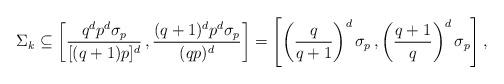
LaTeX: \begin{align*}\Sigma_k \subseteq \left[\frac{q^{d} p^d \sigma_{p}}{ [ (q+1)p]^d }\,, \frac{(q+1)^{d} p^d \sigma_{p}}{ ( qp) ^d }\right] =\left[ \left(\frac{q}{q+1}\right) ^{d} \sigma_{p}\,, \left(\frac{q+1}{q}\right) ^{d} \sigma_{p} \right] ,\end{align*}